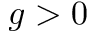
g > 0